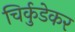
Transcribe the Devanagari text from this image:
चिर्कुडेकर